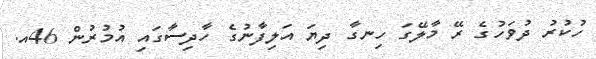
ހުކުރު ދުވަހުގެ ރޭ މާލޭގަ ހިނގާ ދިޔަ އަލިފާނުގެ ހާދިސާގައި އުމުރުން 46އ.